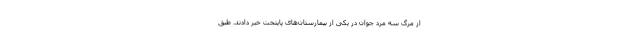
از مرگ سه مرد جوان در یکی از بیمارستان‌های پایتخت خبر دادند. طبق